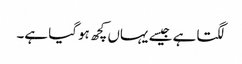
لگتا ہے جیسے یہاں کچھ ہوگیا ہے۔